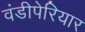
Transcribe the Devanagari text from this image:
वंडीपेरियार